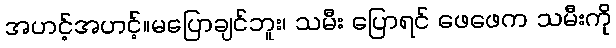
အဟင့်အဟင့်။မပြောချင်ဘူး၊ သမီး ပြောရင် ဖေဖေက သမီးကို